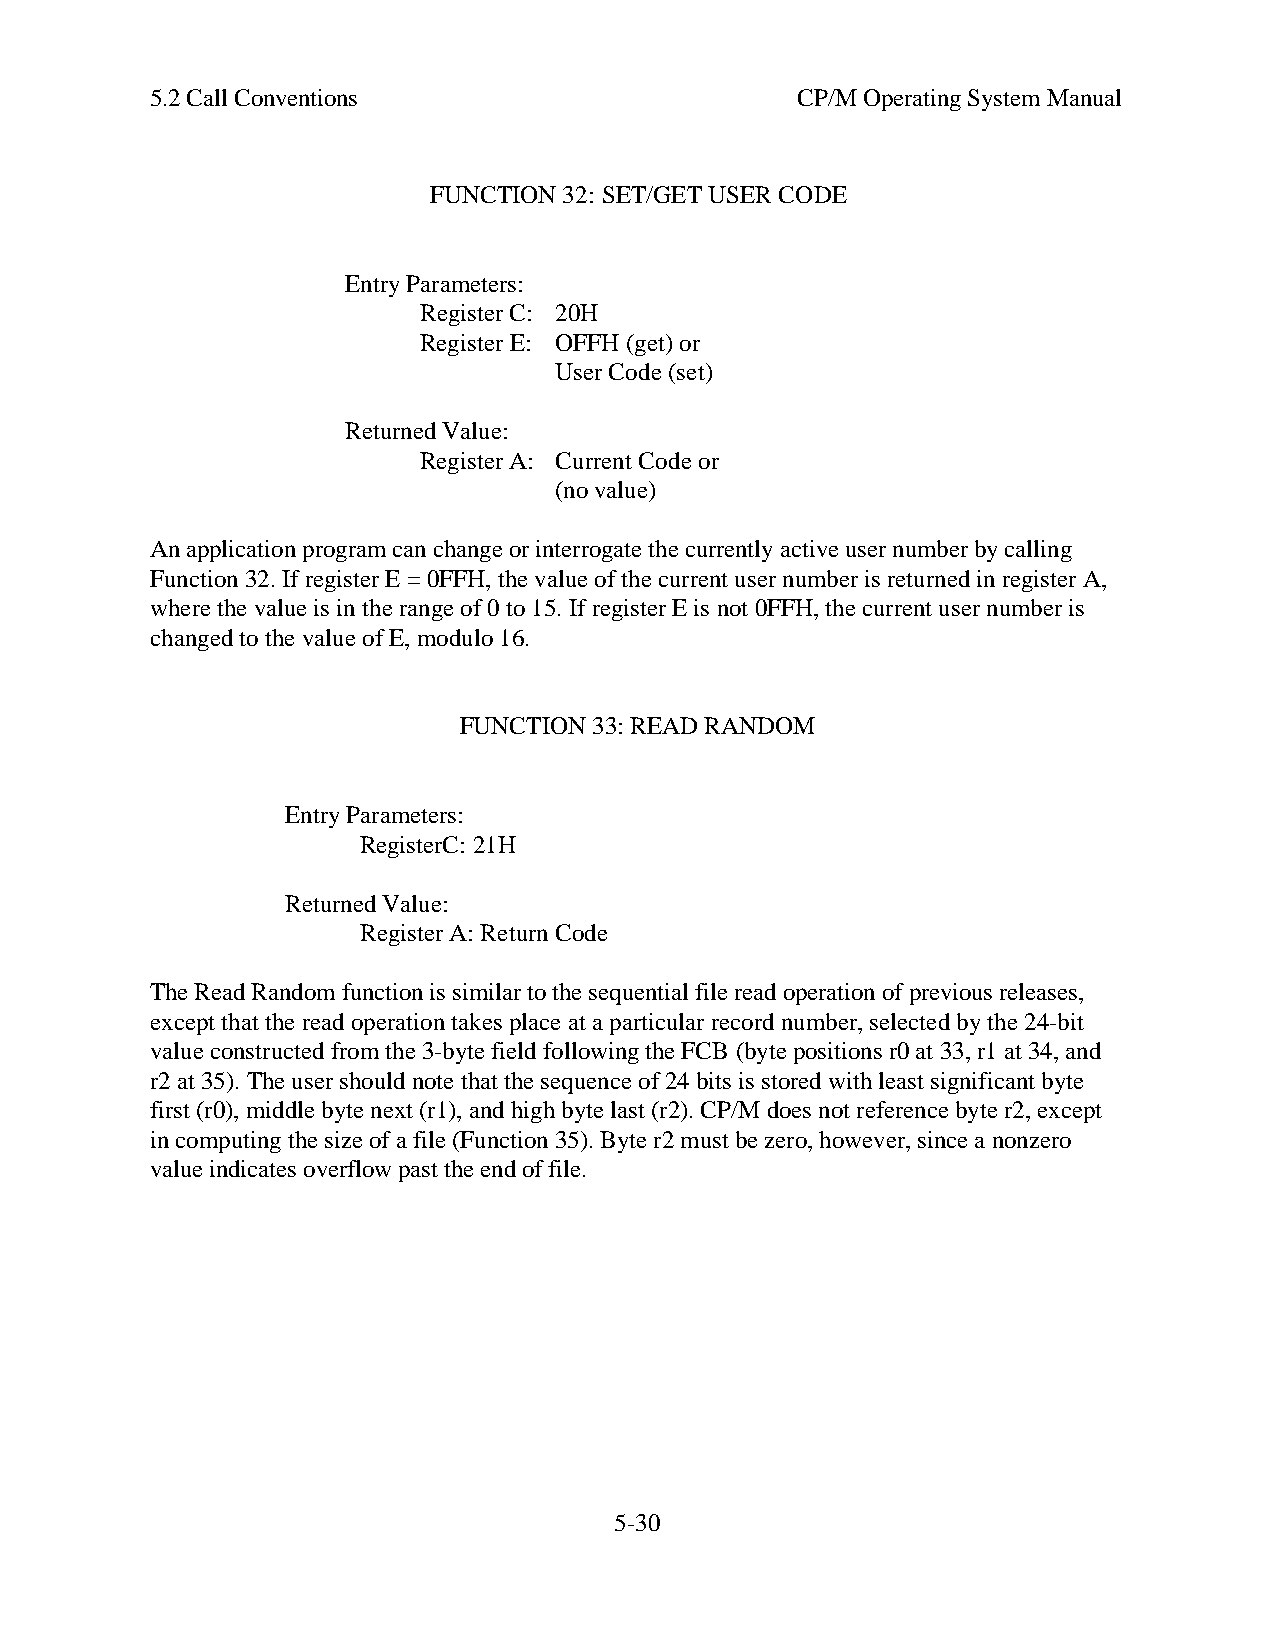
5.2 Call Conventions                       CP/M Operating System Manual
 FUNCTION 32: SET/GET USER CODE
 Entry Parameters:
 Register C: 20H
 Register E: OFFH (get) or
 User Code (set)
 Returned Value:
 Register A: Current Code or
 (no value)
 An application program can change or interrogate the currently active user number by calling
 Function 32. If register E = 0FFH, the value of the current user number is returned in register A,
 where the value is in the range of 0 to 15. If register E is not 0FFH, the current user number is
 changed to the value of E, modulo 16.
 FUNCTION 33: READ RANDOM
 Entry Parameters:
 RegisterC: 21H
 Returned Value:
 Register A: Return Code
 The Read Random function is similar to the sequential file read operation of previous releases,
 except that the read operation takes place at a particular record number, selected by the 24-bit
 value constructed from the 3-byte field following the FCB (byte positions r0 at 33, r1 at 34, and
 r2 at 35). The user should note that the sequence of 24 bits is stored with least significant byte
 first (r0), middle byte next (r1), and high byte last (r2). CP/M does not reference byte r2, except
 in computing the size of a file (Function 35). Byte r2 must be zero, however, since a nonzero
 value indicates overflow past the end of file.
 5-30